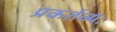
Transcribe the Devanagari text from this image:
प्रकर्तव्यः